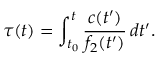
\tau ( t ) = \int _ { t _ { 0 } } ^ { t } \frac { c ( t ^ { \prime } ) } { f _ { 2 } ( t ^ { \prime } ) } \, d t ^ { \prime } .